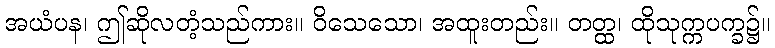
အယံပန၊ ဤဆိုလတံ့သည်ကား။ ဝိသေသော၊ အထူးတည်း။ တတ္ထ၊ ထိုသုက္ကပက္ခ၌။